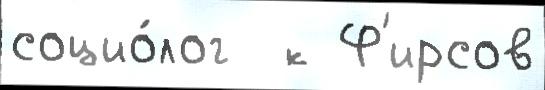
социо́лог  к Ф'ирсов